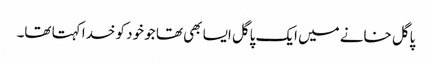
پاگل خانے میں ایک پاگل ایسا بھی تھا جو خود کو خدا کہتا تھا۔